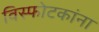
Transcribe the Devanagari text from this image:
विस्फोटकांना